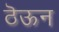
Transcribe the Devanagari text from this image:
ठॆऊन